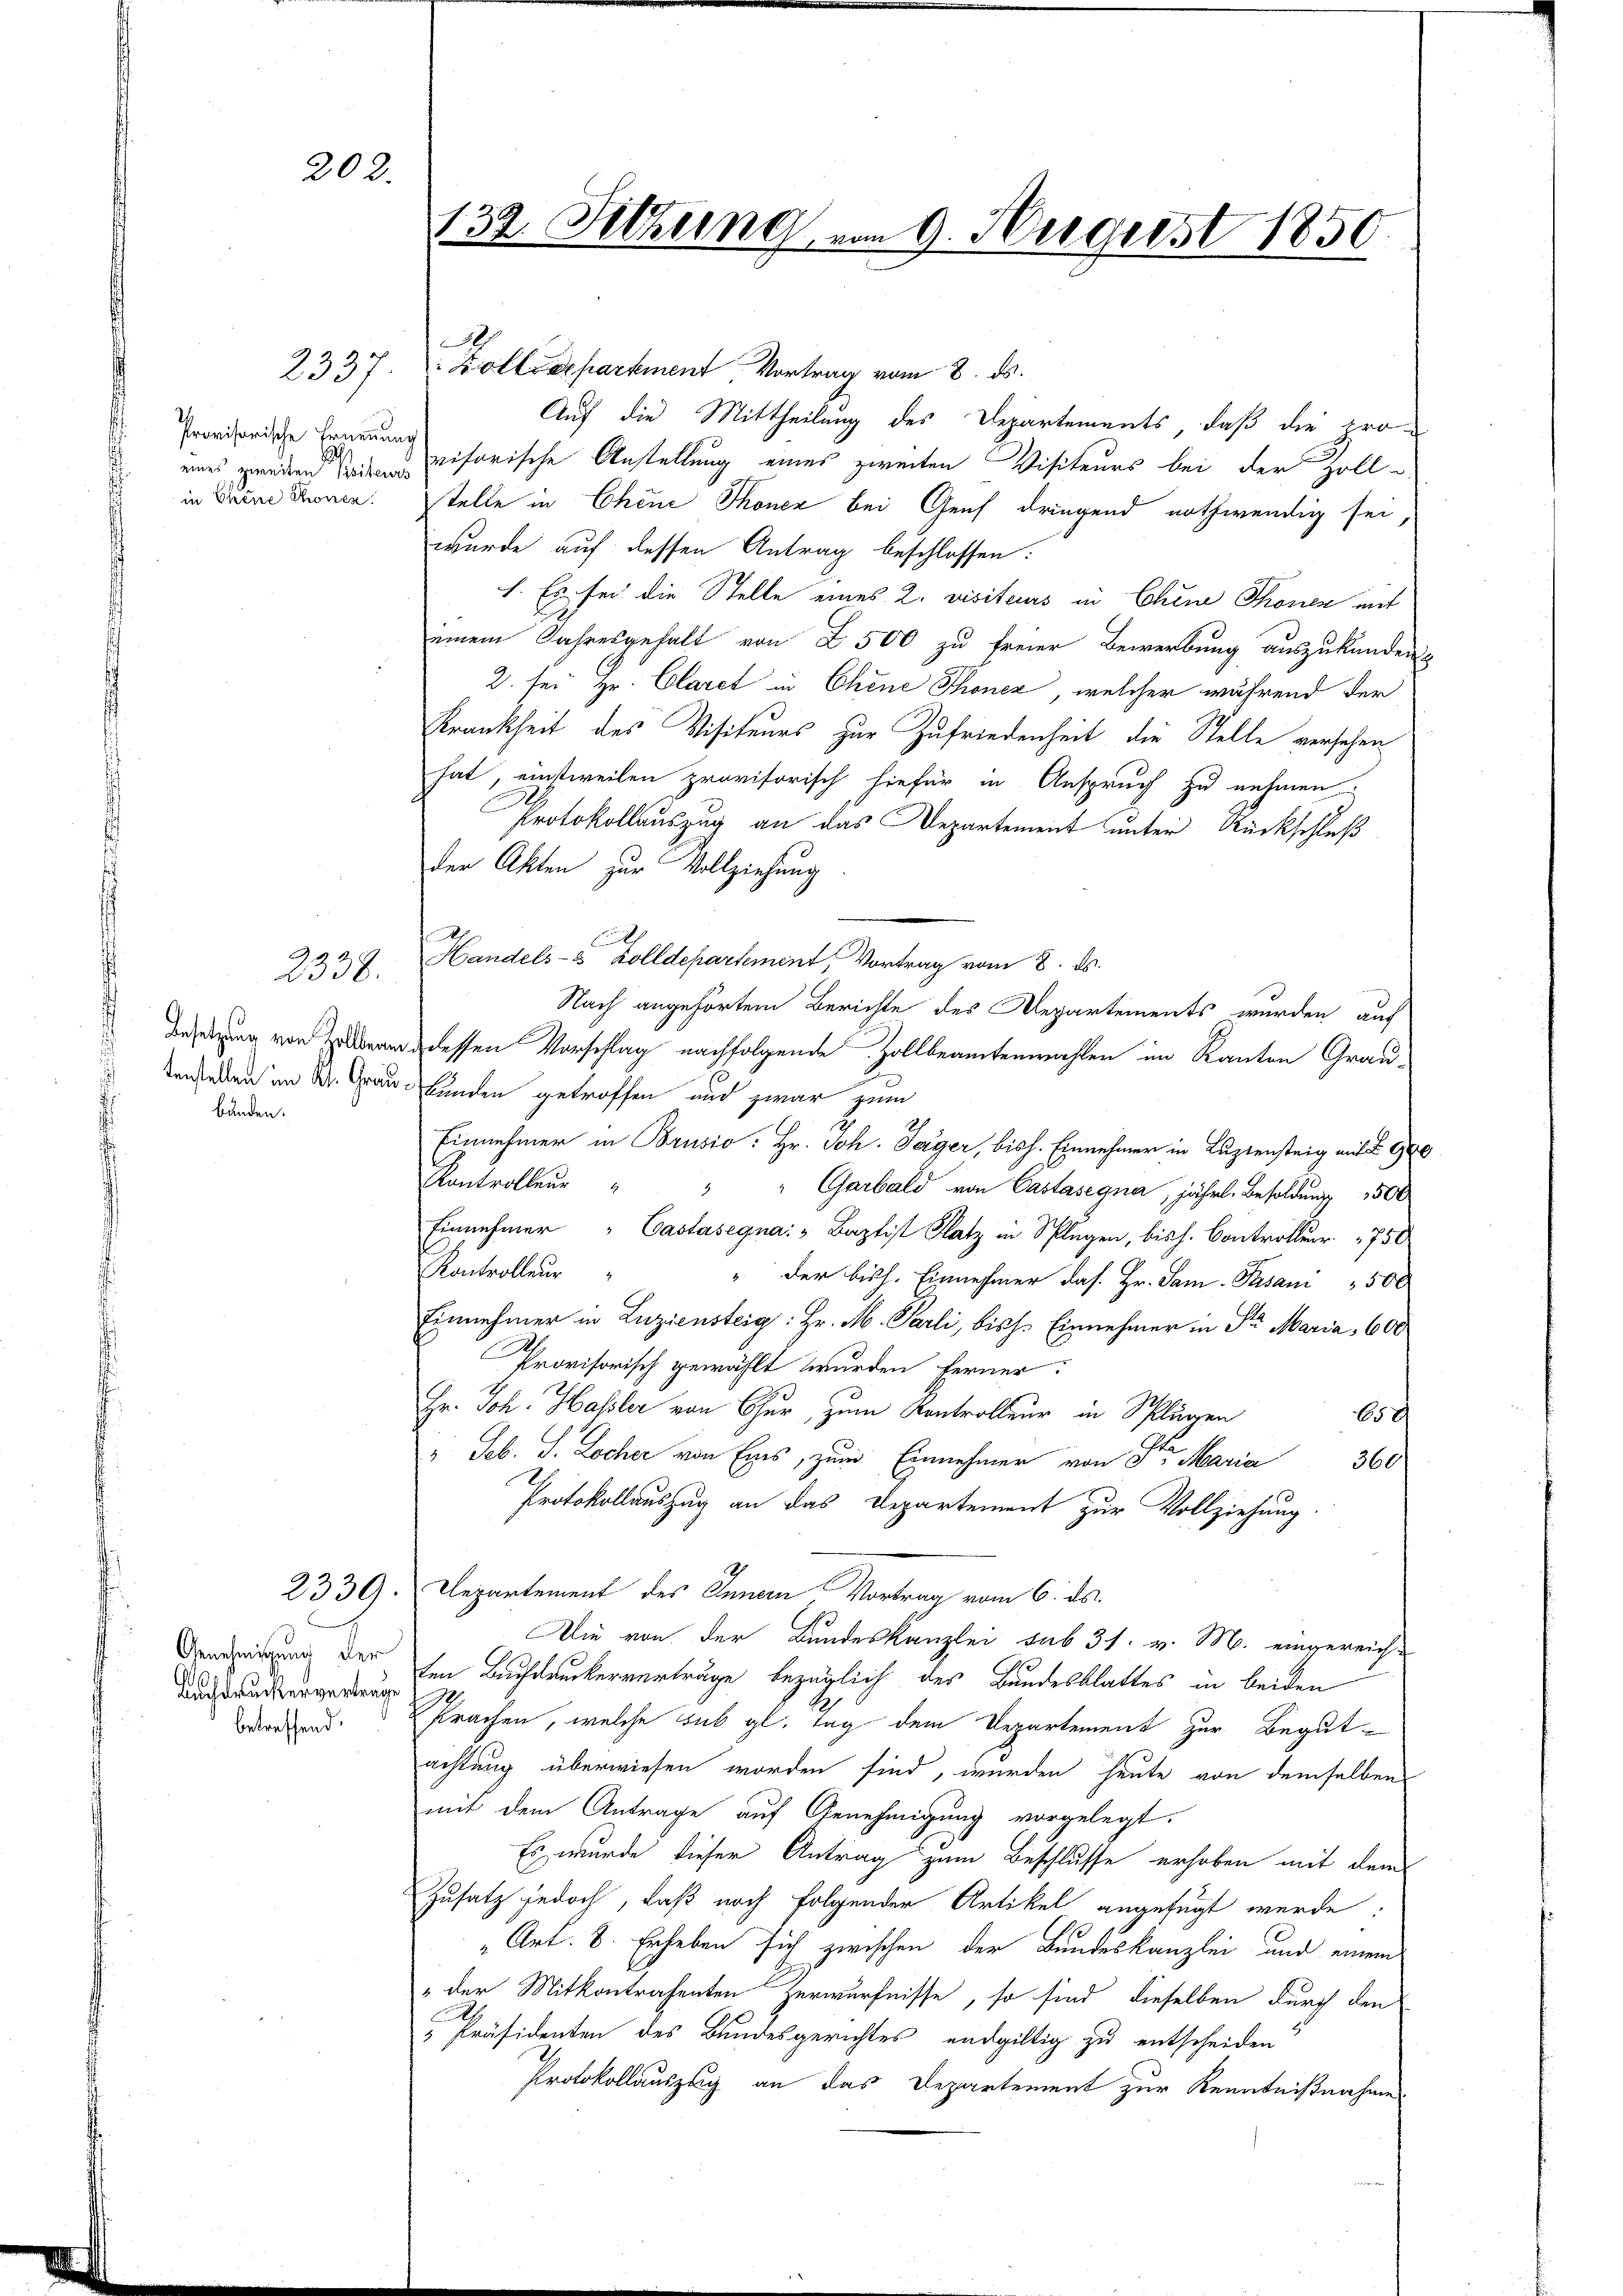
202.

eies zweiten Seitens
in Chine Thonen.

Z.Z. 1
2338.

bänden.

Genehmigung der
betreffend.

2337. Zolldepartement Vortrag vom 8. ds.
Auf die Mittheilung des Departements, daß die pro¬
Provisoris Braunisorische Anstellung eines zweiten Visiteurs bei der Zoll-
telle in Chene Thoner bei Genf dringend nothwendig sei,
wurde auf dessen Antrag beschlossen:
I. Es sei die Stelle eines L. visiteurs in Chine Thonen mit
einem Jahresgehalt von Z. 500 zu freier Bewerbung auszukunden
2. sei Hr. Claret in Chine Thonez, welcher während der
Krankheit des Visiteurs zur Zufriedenheit die Stelle versehen
hat, einstweilen provisorisch hiefür in Anspruch zu nehmen:
Protokollauszug an das Departement unter Rückschluß
der Akten zur Vollziehung
Handels- & Zolldepartement, Vortrag vom 8. ds.
Nach angehörtem Berichte des Departements werden auf
Besetzung von dessen Vorschlag nachfolgende Zollbeamtenwahlen im Kanton Graudenstellen im W. Grau Bunden getroffen und zwar zum
Ich
Einnehmer in Brusio: Hr. Joh. Jäger, bish. Einnehmer in Luziensteig mit § 90
Kontrolleŭr " " " Garbald von Castasegna, jährl. Besoldung 1500
Einnehmer " Castasegna: " Baptist Platz in Splügen, bis h. Controller 750
Kontrolleur
" der bish. Einnehmer das. Hr. Sam-Pasani 500
Einnehmer in Luziensteig: Hr. M. Parli, bisch. Einnehmer in St. Maria, 600
Provisorisch gewählt wurden Ferner:
Hr. Joh. Hasler von Chur, zum Kontrolleur in Splügen
65c
" Seb. S. Locher von Eines, zum Einnehmer von Stern Maria
360
Protokollauszug an das Departement zur Vollziehung
2339. Departement des Innern Vortrag vom 6. ds.
Die von der Bundeskanzlei sub 31. v. M. eingereich-
en Buchdruckerverträge bezüglich des Bundesblattes in beiden
prachen, welche sub gl. Tag dem Departement zur Begutachtung überwiesen worden sind, wurden heute von demselben
mit dem Antrage auf Genehmigung vorgelegt.
Es wurde dieser Antrag zum Beschlusse erhoben mit dem
Zusatz jedoch, daß noch folgender Artikel angefügt werde.
Art. 8. Erheben sich zwischen der Bundeskanzlei und einem
" der Mitkontrahenten Zerwürfnisse, so sind dieselben durch den
.
 Präsidenten des Bundesgerichtes endgültig zu entscheiden
Protokollauszug an das Departement zur Kenntnißnahmen

132. Sitzung von 9. August 1850

S